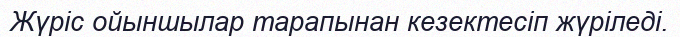
Жүріс ойыншылар тарапынан кезектесіп жүріледі.